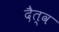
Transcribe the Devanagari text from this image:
दैत्व